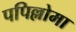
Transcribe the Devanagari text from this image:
पपिल्लोमा